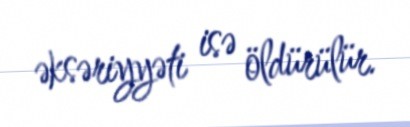
əksəriyyəti isə öldürülür.